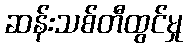
ဆန်းသစ်တီထွင်မှု